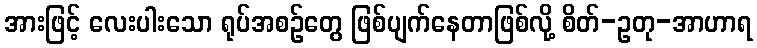
အားဖြင့် လေးပါးသော ရုပ်အစဉ်တွေ ဖြစ်ပျက်နေတာဖြစ်လို့ စိတ်-ဥတု-အာဟာရ